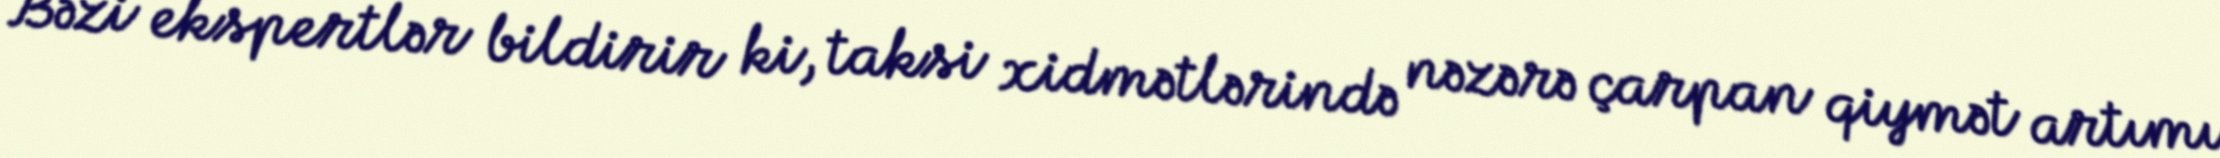
Bəzi ekspertlər bildirir ki, taksi xidmətlərində nəzərə çarpan qiymət artımı